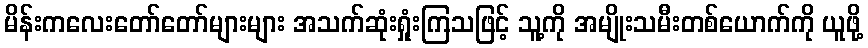
မိန်းကလေးတော်တော်များများ အသက်ဆုံးရှုံးကြသဖြင့် သူ့ကို အမျိုးသမီးတစ်ယောက်ကို ယူဖို့